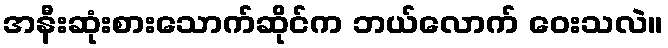
အနီးဆုံးစားသောက်ဆိုင်က ဘယ်လောက် ဝေးသလဲ။